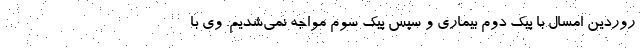
روردین‌ امسال با پیک دوم بیماری و سپس پیک سوم مواجه نمی‌شدیم. وی با